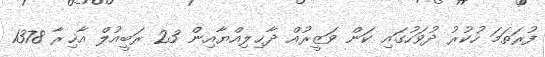
ފުރަތަމަ ހުކުރު ދުވަހުގައި ކަން ވަޒީރުއް ދާޚިލިއްޔާއިން 23 ރަބީއުލް އާޚިރާ 1378